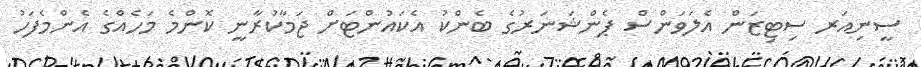
ސީނިއަރ ސިޓިޒަން އެލަވަންސް ޕެންޝަނަރުގެ ބެންކު އެކައުންޓަށް ޖަމާކުރާނީ ކޮންމެ މަހެއްގެ އެންމެފަހު